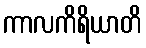
ကာလကိရိယာတိ